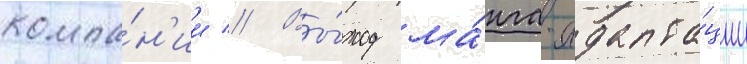
компа́н'ии // Вы́ход ма́нга-адапта́ции